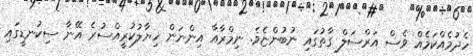
ހެދުމެއްކަމެއް ވެސް އަރްސަލް ގާތުގައި ނުބުންޏެވެ. ނިމްރާއާ އިންނަން ޚިޔާލުކުރީއްސުރެ އޭނާ ސިކުނޑީގައި